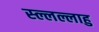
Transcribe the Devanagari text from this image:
स्ल्लल्लाहु